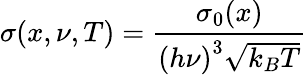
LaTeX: \sigma(x,\nu,T)=\frac{\sigma_{0}(x)}{\left(h\nu\right)^{3}\sqrt{k_{B}T}}